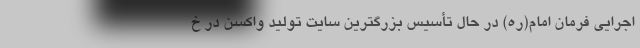
اجرایی فرمان امام(ره) در حال تأسیس بزرگترین سایت تولید واکسن در خ